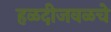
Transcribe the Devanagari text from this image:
हळदीजवळचे